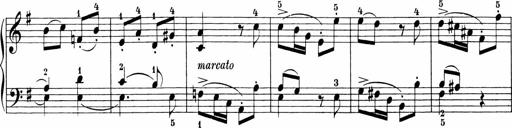
Title: 3 Sonatinas
Composer: Carl Reinecke